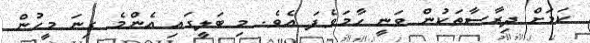
ކަމަށް ދިރާސާތަކުން ވަނީ ހާމަވެފަ އެވެ. މި ބަލީގައި އެންމެ ގިނަ މީހުން